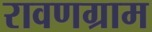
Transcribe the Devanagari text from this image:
रावणग्राम